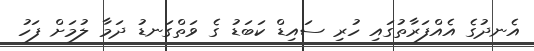
އެނދުގެ އެއްފަރާތުގައި ހުރި ސައިޑް ކަބަޑު ގެ ވަތްގަނޑު ދަމާ ލުމަށް ފަހު